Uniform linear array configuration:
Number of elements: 64
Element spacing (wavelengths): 0.75
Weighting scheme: cosine
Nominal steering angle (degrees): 30
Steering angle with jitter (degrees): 29.163
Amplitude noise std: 0.05
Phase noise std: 0.05

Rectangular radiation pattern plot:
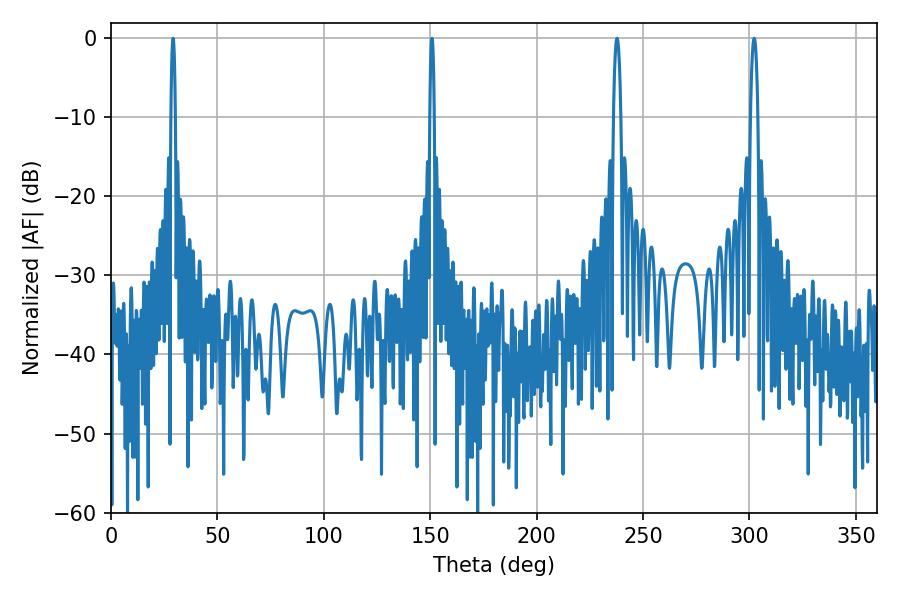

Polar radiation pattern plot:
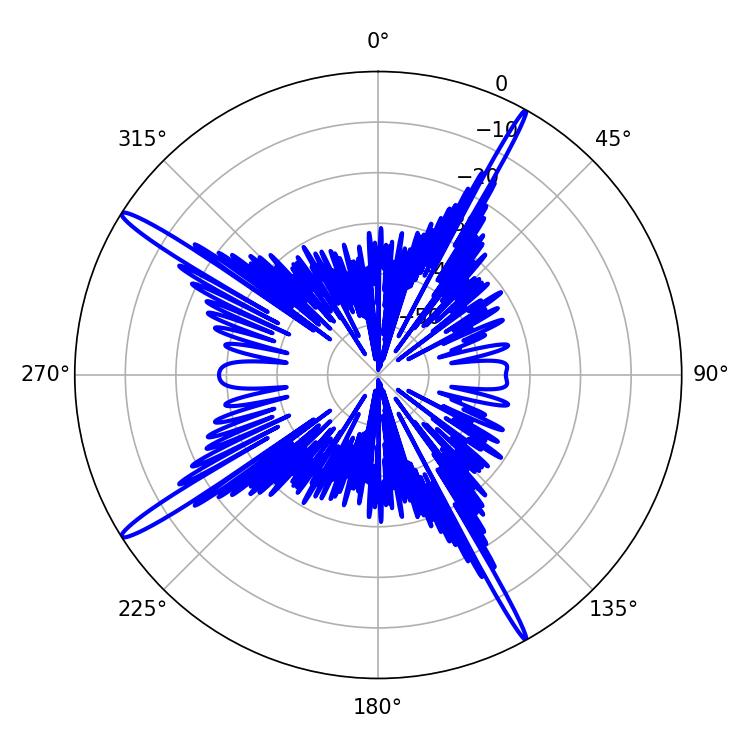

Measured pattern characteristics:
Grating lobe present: TRUE
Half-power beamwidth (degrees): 1.8
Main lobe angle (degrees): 302.22